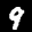
Label: 9